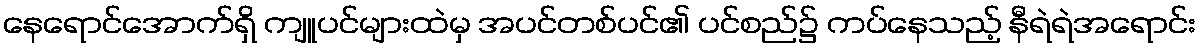
နေရောင်အောက်ရှိ ကျူပင်များထဲမှ အပင်တစ်ပင်၏ ပင်စည်၌ ကပ်နေသည့် နီရဲရဲအရောင်း